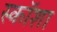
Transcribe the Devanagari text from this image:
स्कॉशा